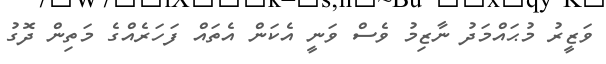
ވަޒީރު މުޙައްމަދު ނާޒިމު ވެސް ވަނީ އެކަން އެތައް ފަހަރެއްގެ މަތިން ދޮގު